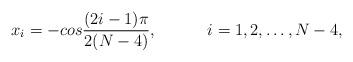
LaTeX: \begin{align*}x_i=-cos{(2i-1)\pi \over 2(N-4)},\hspace{.5in} i = 1, 2, \dots, N-4,\end{align*}